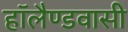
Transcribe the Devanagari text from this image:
हॉलैण्डवासी